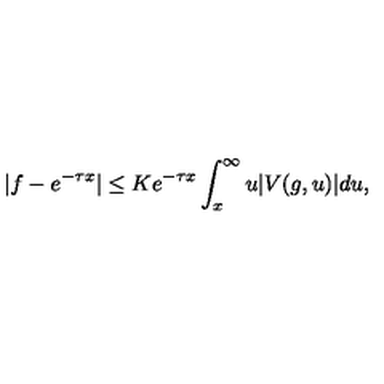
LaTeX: | f - e ^ { - \tau x } | \leq K e ^ { - \tau x } \int _ { x } ^ { \infty } u | V ( g , u ) | d u ,